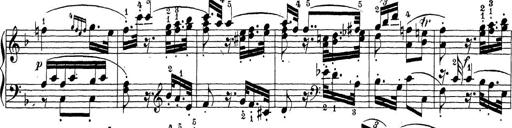
Title: Sonatina Album
Composer: Louis KÃ¶hler